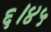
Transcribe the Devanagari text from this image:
६।४५